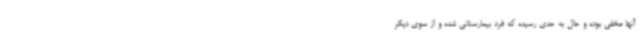
آنها مخفی بوده و حال به حدی رسیده که فرد بیمارستانی شده و از سوی دیگر